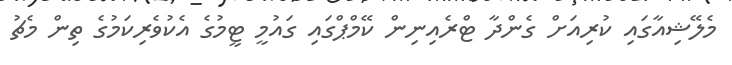
މެލޭޝިއާގައި ކުރިއަށް ގެންދާ ޓްރެއިނިން ކޭމްޕްގައި ގައުމީ ޓީމުގެ އެކުވެރިކަމުގެ ތިން މެޗު